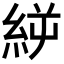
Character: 𥿬